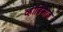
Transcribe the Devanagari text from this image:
व्हीडिओज